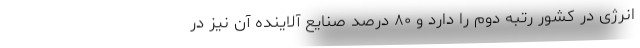
انرژی در کشور رتبه دوم را دارد و ۸۰ درصد صنایع آلاینده آن نیز در